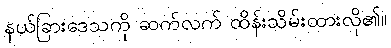
နယ်ခြားဒေသကို ဆက်လက် ထိန်းသိမ်းထားလို၏။